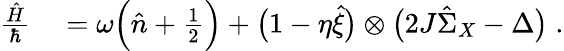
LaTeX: \begin{array}{rl}{\frac{\hat{H}}{\hbar}}&{{}=\omega\Big(\hat{n}+\frac 12\Big)+\big(1-\eta\hat{\xi}\big)\otimes\big(2J\hat{\Sigma}_{X}-\Delta\big)\; .}\end{array}